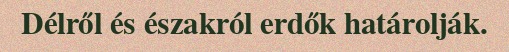
Délről és északról erdők határolják.